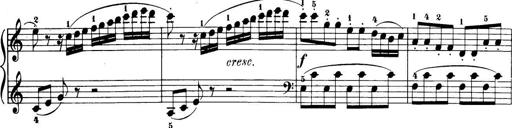
Title: 32 Sonatinas and Rondos for the Piano
Composer: Richard Kleinmichel